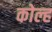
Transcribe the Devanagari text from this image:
कोल्ह